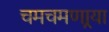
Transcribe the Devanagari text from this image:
चमचमणार्‍या